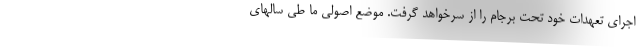
اجرای تعهدات خود تحت برجام را از سرخواهد گرفت. موضع اصولی ما طی سالهای